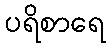
ပရိစာရေ